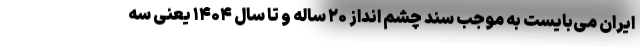
ایران می‌بایست به موجب سند چشم انداز ۲۰ ساله و تا سال ۱۴۰۴ یعنی سه